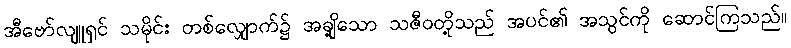
အီဗော်လျူရှင် သမိုင်း တစ်လျှောက်၌ အချို့သော သဇီဝတို့သည် အပင်၏ အသွင်ကို ဆောင်ကြသည်။